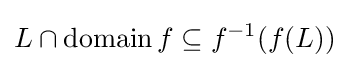
L\cap \operatorname {domain} f\subseteq f^{-1}(f(L))